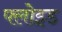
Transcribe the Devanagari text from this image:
फ्लोइड